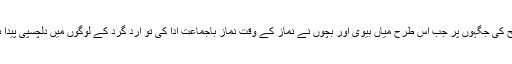
میرا تو یہ تجربہ ہے اور بہت سے لوگوں کے یہ تجربے ہیں جو مجھے بتاتے ہیں کہ تفریح کی جگہوں پر جب اس طرح میاں بیوی اور بچوں نے نماز کے وقت نماز باجماعت ادا کی تو ارد گرد کے لوگوں میں دلچسپی پیدا ہوئی اور اُن کو دیکھنے لگے اور پھر تبلیغ کے راستے کھلتے ہیں، تعارف حاصل ہوتا ہے۔